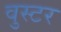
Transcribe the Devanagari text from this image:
वुस्टर